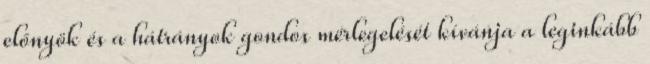
előnyök és a hátrányok gondos mérlegelését kívánja a leginkább